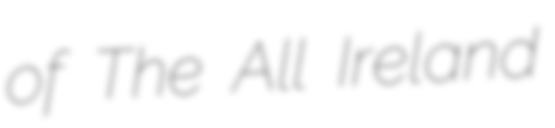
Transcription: of The All Ireland